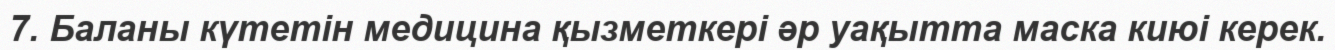
7. Баланы күтетін медицина қызметкері әр уақытта маска киюі керек.